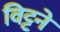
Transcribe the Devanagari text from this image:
विट्टने